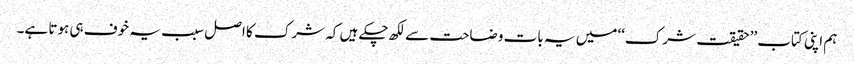
ہم اپنی کتاب ’’حقیقت شرک‘‘ میں یہ بات وضاحت سے لکھ چکے ہیں کہ شرک کا اصل سبب یہ خوف ہی ہوتا ہے۔